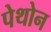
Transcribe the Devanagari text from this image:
पेथोन